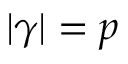
| \gamma | = p